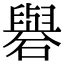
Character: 礜